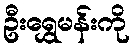
ဦးရွှေမန်းကို